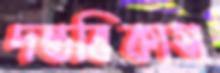
দন্তবিকাস